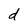
Character: d